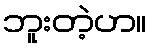
ဘူးတဲ့ဟ။